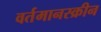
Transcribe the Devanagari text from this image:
वर्तमानस्क्रीन